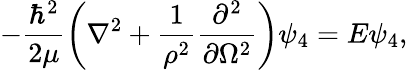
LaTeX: -\frac{\hbar^{2}}{2\mu}\left(\nabla^{2}+\frac{1}{\rho^{2}}\frac{\partial^{2}}{\partial\Omega^{2}}\right)\psi_{4}=E\psi_{4},